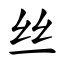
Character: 丝